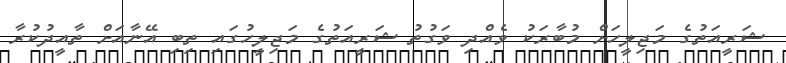
ޝަރީއަތުގެ މަޖިލީހަށް މުބާރަކު ވެއްދި ވަގުތު ޝަރީއަތުގެ މަޖިލީހުގައި ތިބި އޭނާއަށް ތާއީދުކުރާ